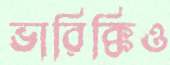
ভারিক্কিও